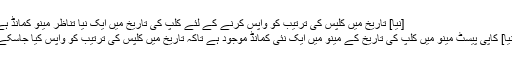
[نیا] تاریخ میں کلپس کی ترتیب کو واپس کرنے کے لئے کلپ کی تاریخ میں ایک نیا تناظر مینو کمانڈ ہے
[نیا] کاپی پیسٹ مینو میں کلپ کی تاریخ کے مینو میں ایک نئی کمانڈ موجود ہے تاکہ تاریخ میں کلپس کی ترتیب کو واپس کیا جاسکے۔